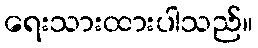
ရေးသားထားပါသည်။